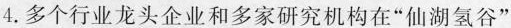
4.多个行业龙头企业和多家研究机构在”仙湖氢谷”